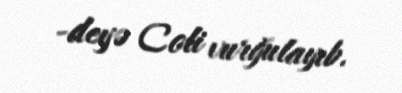
-deyə Coli vurğulayıb.